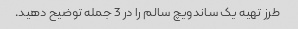
طرز تهیه یک ساندویچ سالم را در 3 جمله توضیح دهید.